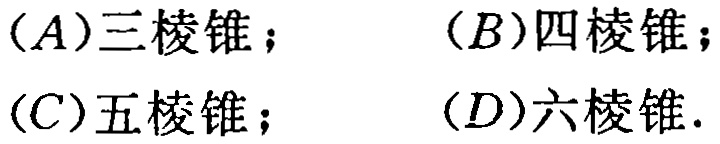
(A)三棱锥；(B)四棱锥；(C)五棱锥；(D)六棱锥.